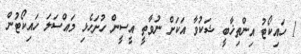
1 ހައިކޯޓު އިންތިޚާބީ ޝަކުވާ އަކަށް ނުވާތީ އީސީން ހުށަހެޅި މައްސަލަ ހައިކޯޓުން